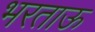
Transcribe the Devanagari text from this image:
भरताऊ